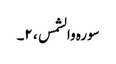
سورہ والشمس ، ۲۔